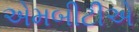
એમબીટીએ